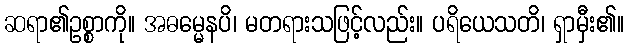
ဆရာ၏ဥစ္စာကို။ အဓမ္မေနပိ၊ မတရားသဖြင့်လည်း။ ပရိယေသတိ၊ ရှာမှီး၏။